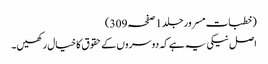
(خطبات مسرور جلد1صفحہ309)
اصل نیکی یہ ہے کہ دوسروں کے حقوق کا خیال رکھیں۔